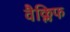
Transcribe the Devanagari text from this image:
वैक्लिफ